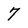
Character: 7